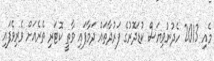
މެއި 2013 ހެދުނުވިޔަސް ކުޑަދޮރުގެ ފަރުދާތައް ދަމާފައި ވާތީ ކޮޓަރި ތެރެއަށް ވެރިވެފައި